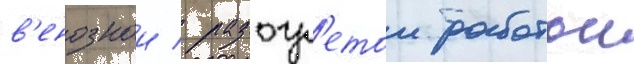
в'енознои / разогр'етои работои